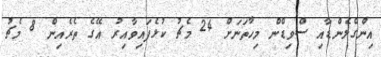
އިންގްލެންޑާއި ސްވިޑްން މިހާތަނަށް 24 މެޗު ކުޅެފައިވާއިރު އޭގެ ތެރެއިން 8 މެޗު